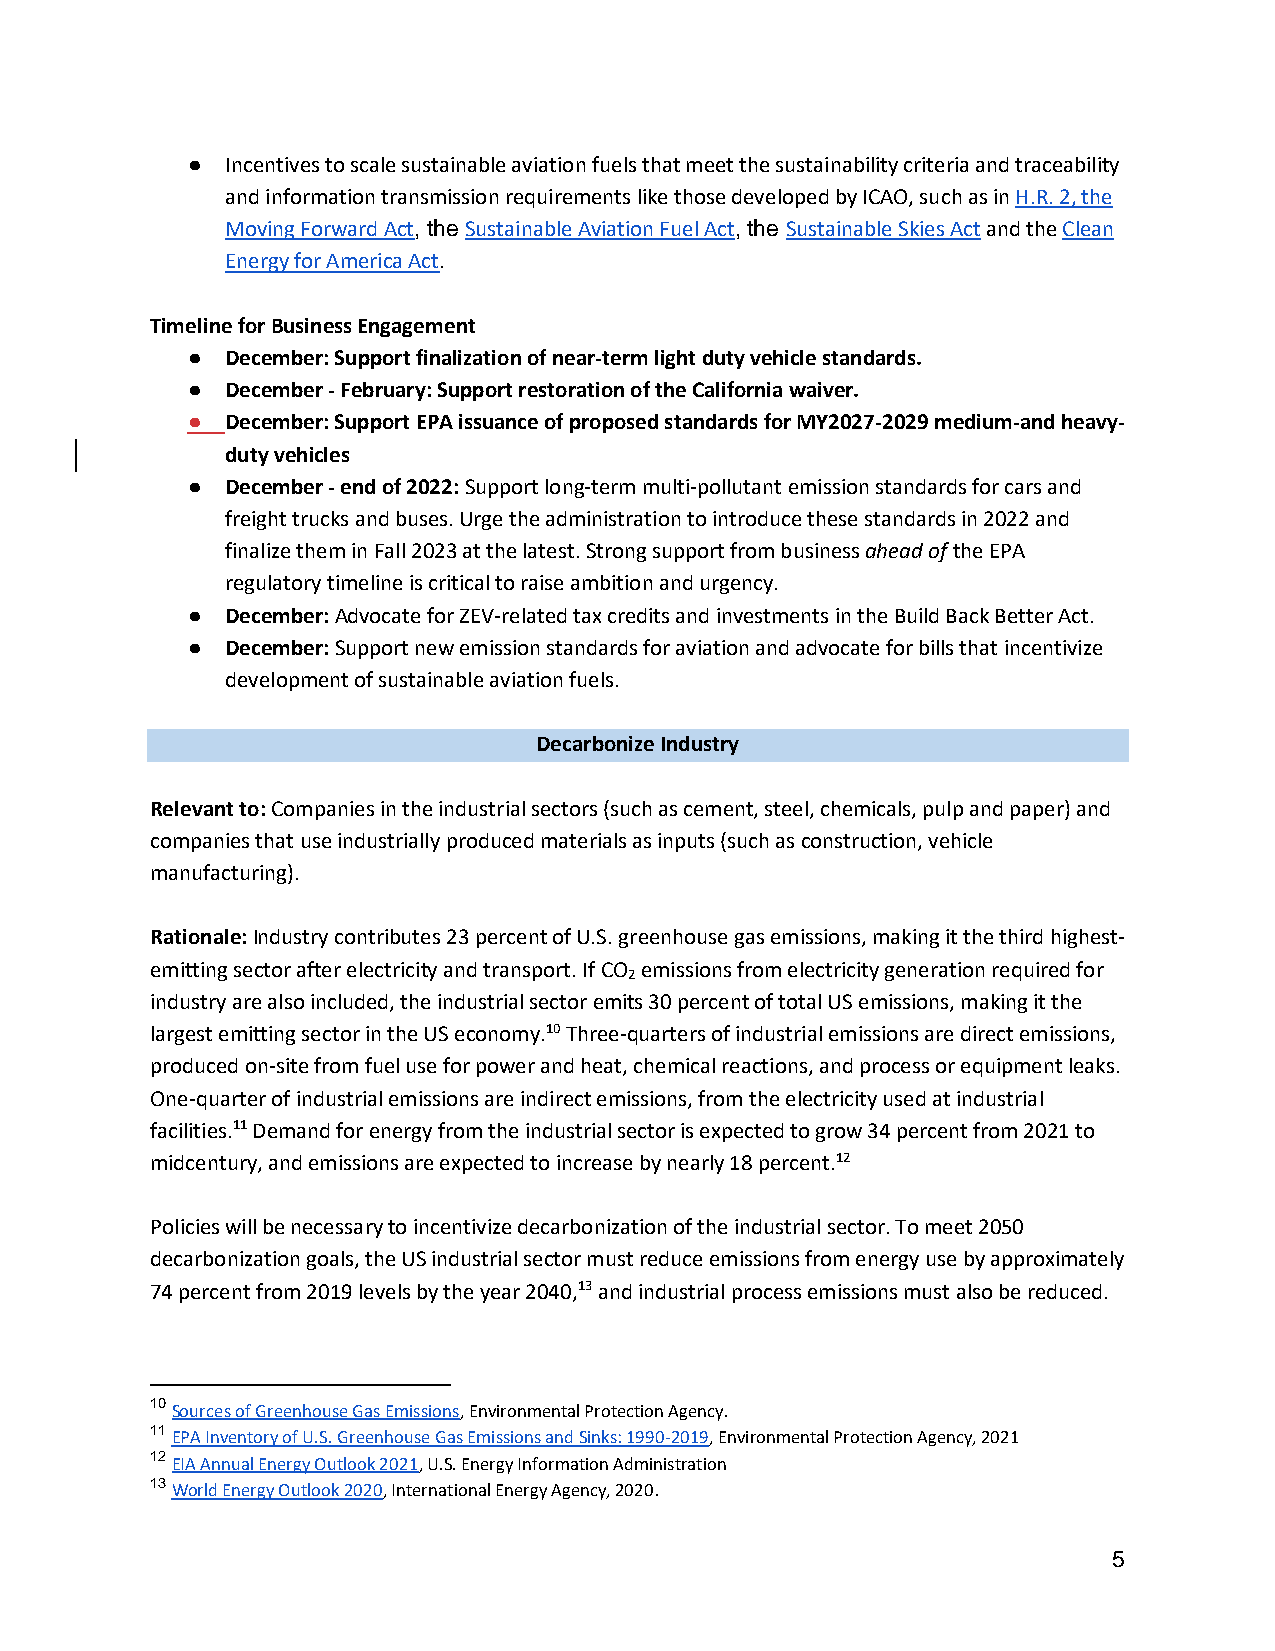
●  Incentives to scale sustainable aviation fuels that meet the sustainability criteria and traceability
 and information transmission requirements like those developed by ICAO, such as in H.R. 2, the
 Moving Forward Act, the Sustainable Aviation Fuel Act, the Sustainable Skies Act and the Clean
 Energy for America Act.
 Timeline for Business Engagement
 ●  December: Support finalization of near-term light duty vehicle standards.
 ●  December - February: Support restoration of the California waiver.
 ●  December: Support EPA issuance of proposed standards for MY2027-2029 medium-and heavy-
 duty vehicles
 ●  December - end of 2022: Support long-term multi-pollutant emission standards for cars and
 freight trucks and buses. Urge the administration to introduce these standards in 2022 and
 finalize them in Fall 2023 at the latest. Strong support from business ahead of the EPA
 regulatory timeline is critical to raise ambition and urgency.
 ●  December: Advocate for ZEV-related tax credits and investments in the Build Back Better Act.
 ●  December: Support new emission standards for aviation and advocate for bills that incentivize
 development of sustainable aviation fuels.
 Decarbonize Industry
 Relevant to: Companies in the industrial sectors (such as cement, steel, chemicals, pulp and paper) and
 companies that use industrially produced materials as inputs (such as construction, vehicle
 manufacturing).
 Rationale: Industry contributes 23 percent of U.S. greenhouse gas emissions, making it the third highest-
 emitting sector after electricity and transport. If CO emissions from electricity generation required for
 2
 industry are also included, the industrial sector emits 30 percent of total US emissions, making it the
 largest emitting sector in the US economy.10 Three-quarters of industrial emissions are direct emissions,
 produced on-site from fuel use for power and heat, chemical reactions, and process or equipment leaks.
 One-quarter of industrial emissions are indirect emissions, from the electricity used at industrial
 facilities.11 Demand for energy from the industrial sector is expected to grow 34 percent from 2021 to
 midcentury, and emissions are expected to increase by nearly 18 percent.12
 Policies will be necessary to incentivize decarbonization of the industrial sector. To meet 2050
 decarbonization goals, the US industrial sector must reduce emissions from energy use by approximately
 74 percent from 2019 levels by the year 2040,13 and industrial process emissions must also be reduced.
 10 Sources of Greenhouse Gas Emissions, Environmental Protection Agency.
 11 EPA Inventory of U.S. Greenhouse Gas Emissions and Sinks: 1990-2019, Environmental Protection Agency, 2021
 12 EIA Annual Energy Outlook 2021, U.S. Energy Information Administration
 13 World Energy Outlook 2020, International Energy Agency, 2020.
 5